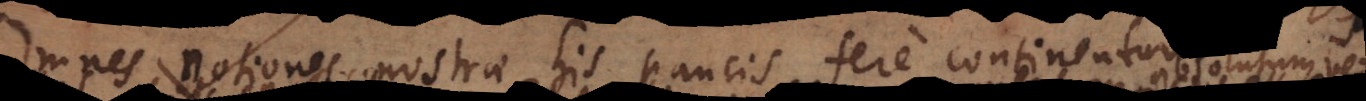
Omnes notiones nostrae his paucis fere continentur: G e